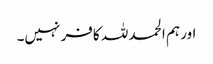
اور ہم الحمد للہ کافر نہیں۔